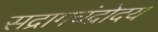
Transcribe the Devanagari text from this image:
सद्रागचंद्रोदय